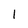
Character: 1